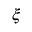
\xi